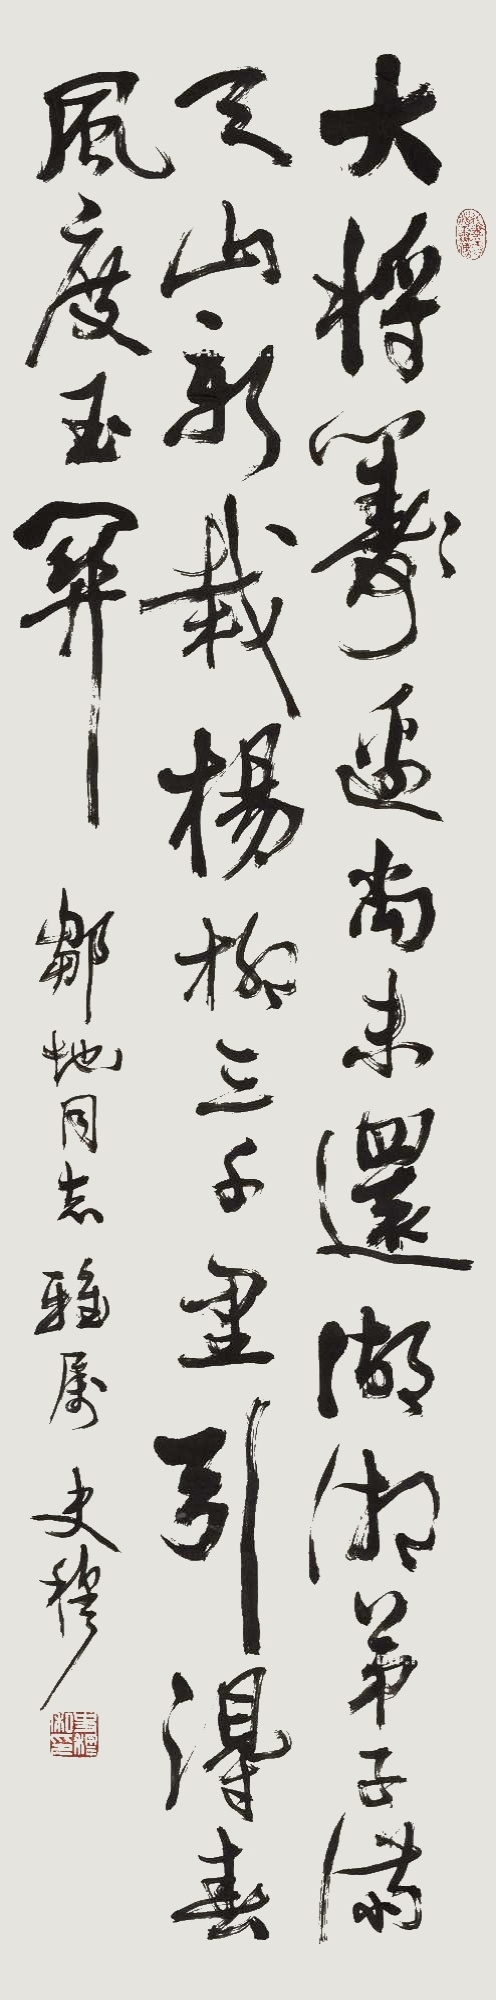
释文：大将筹边尚未还，湖湘子弟满天山。新栽杨柳三千里，引得春风度玉关。邹地同志雅属，史穆。